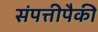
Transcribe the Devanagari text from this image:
संपत्तीपैकी